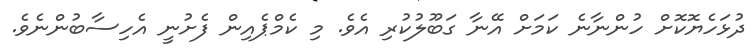
ދުޅަހެޔޮކޮށް ހުންނާނެ ކަމަށް އޭނާ ގަބޫލުކުރި އެވެ. މި ކެމްޕެއިން ފެށުނީ އެހިސާބުންނެވެ.